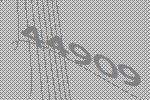
44909